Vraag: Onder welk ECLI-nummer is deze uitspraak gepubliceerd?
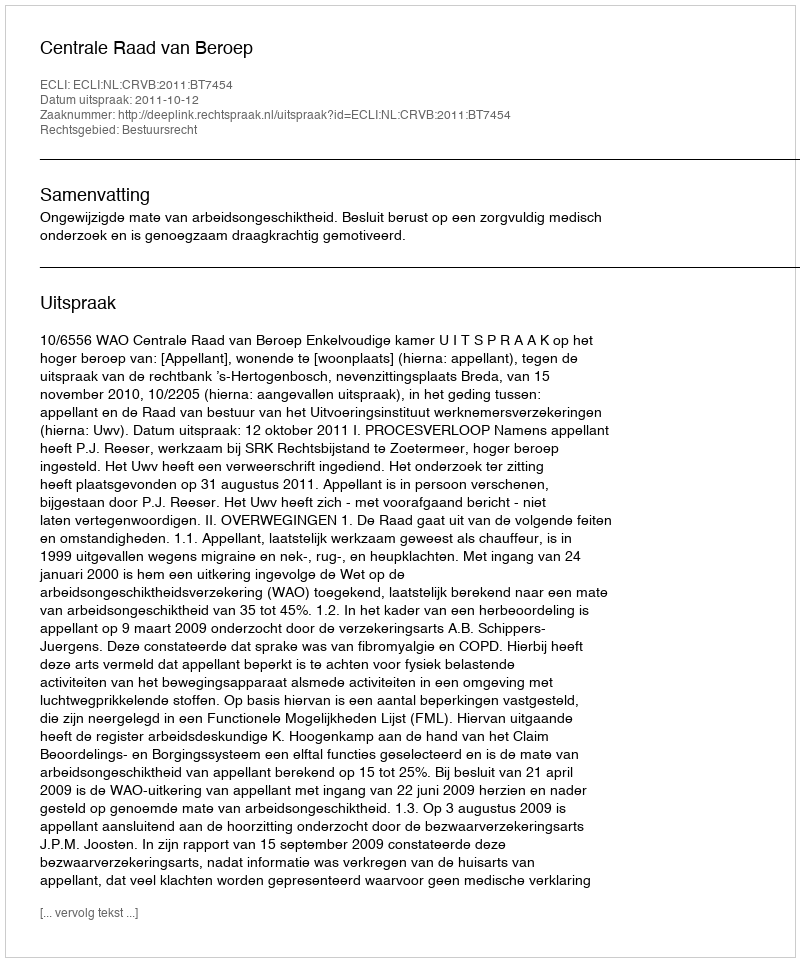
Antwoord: ECLI:NL:CRVB:2011:BT7454